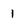
Character: I